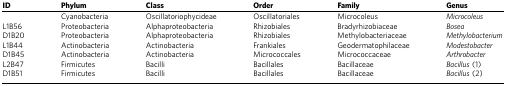
<table><thead><tr><td><b>ID</b></td><td><b>Phylum</b></td><td><b>Class</b></td><td><b>Order</b></td><td><b>Family</b></td><td><b>Genus</b></td></tr></thead><tbody><tr><td> </td><td>Cyanobacteria</td><td>Oscillatoriophycideae</td><td>Oscillatoriales</td><td>Microcoleus</td><td><i>Microcoleus</i></td></tr><tr><td>L1B56</td><td>Proteobacteria</td><td>Alphaproteobacteria</td><td>Rhizobiales</td><td>Bradyrhizobiaceae</td><td><i>Bosea</i></td></tr><tr><td>D1B20</td><td>Proteobacteria</td><td>Alphaproteobacteria</td><td>Rhizobiales</td><td>Methylobacteriaceae</td><td><i>Methylobacterium</i></td></tr><tr><td>L1B44</td><td>Actinobacteria</td><td>Actinobacteria</td><td>Frankiales</td><td>Geodermatophilaceae</td><td><i>Modestobacter</i></td></tr><tr><td>D1B45</td><td>Actinobacteria</td><td>Actinobacteria</td><td>Micrococcales</td><td>Micrococcaceae</td><td><i>Arthrobacter</i></td></tr><tr><td>L2B47</td><td>Firmicutes</td><td>Bacilli</td><td>Bacillales</td><td>Bacillaceae</td><td><i>Bacillus</i> (1)</td></tr><tr><td>D1B51</td><td>Firmicutes</td><td>Bacilli</td><td>Bacillales</td><td>Bacillaceae</td><td><i>Bacillus</i> (2)</td></tr></tbody></table>